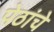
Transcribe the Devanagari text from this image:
पेठांचे